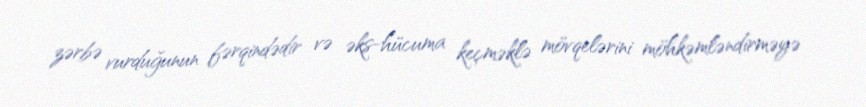
zərbə vurduğunun fərqindədir və əks-hücuma keçməklə mövqelərini möhkəmləndirməyə